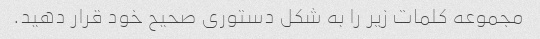
مجموعه کلمات زیر را به شکل دستوری صحیح خود قرار دهید.